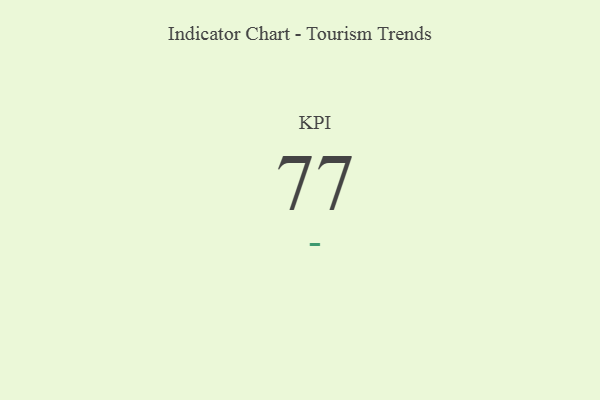
{"axis": {"x": "KPI", "y": "Value"}, "legend": [""], "data": [{"x": "KPI", "y": 77, "type": ""}]}